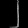
Digit: ၂